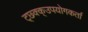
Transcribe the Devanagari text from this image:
ट्छ्क्क्उपयोगकर्ता